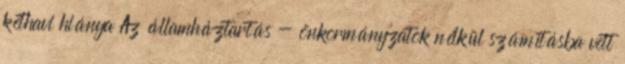
kéthavi hiánya Az államháztartás - önkormányzatok nélkül számításba vett